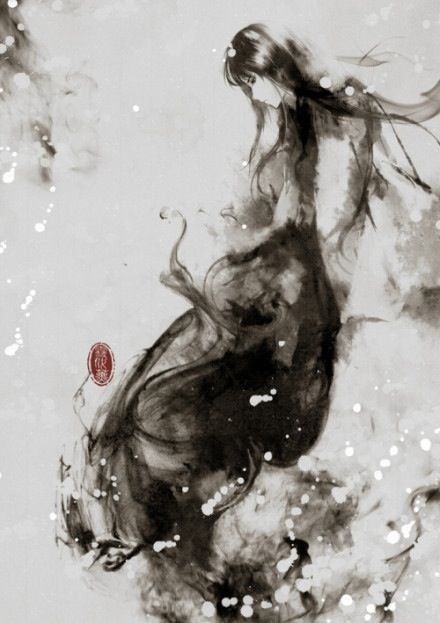
情人怨遥夜，竟夕起相思。